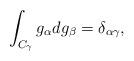
LaTeX: \begin{align*}\int_{C_{\gamma }}g_{\alpha }dg_{\beta }=\delta _{\alpha \gamma },\end{align*}